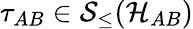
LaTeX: \tau_{AB}\in\mathcal{S}_{\leq}(\mathcal{H}_{AB})